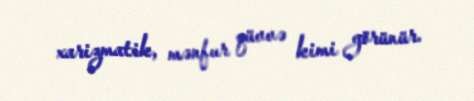
xarizmatik, mənfur qüvvə kimi görünür.